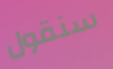
سنقول